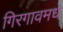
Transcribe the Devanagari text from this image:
गिरगावमधे